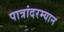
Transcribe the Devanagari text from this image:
पात्रांदरम्यान